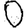
Digit: 0